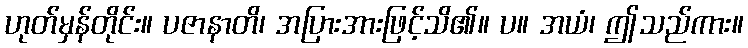
ဟုတ်မှန်တိုင်း။ ပဇာနာတိ၊ အပြားအားဖြင့်သိ၏။ ပ။ အယံ၊ ဤသည်ကား။